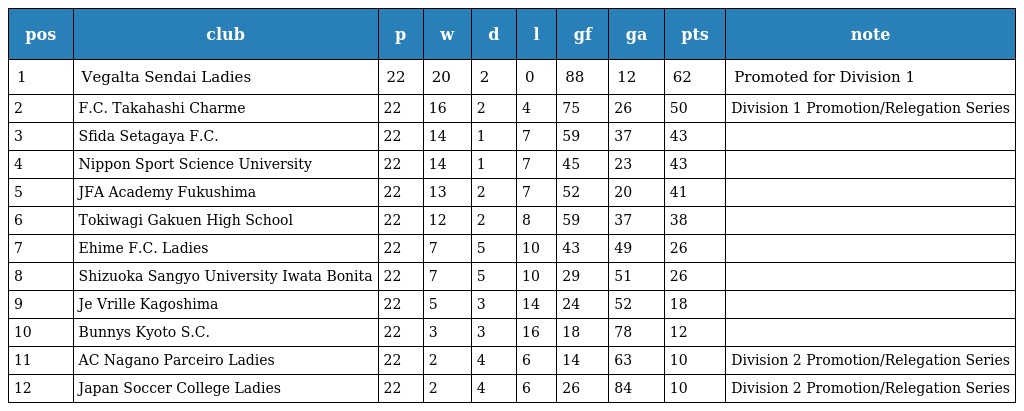
| pos | club | p | w | d | l | gf | ga | pts | note |
 | --- | --- | --- | --- | --- | --- | --- | --- | --- | --- |
 | 1 | Vegalta Sendai Ladies | 22 | 20 | 2 | 0 | 88 | 12 | 62 | Promoted for Division 1 |
 | 2 | F.C. Takahashi Charme | 22 | 16 | 2 | 4 | 75 | 26 | 50 | Division 1 Promotion/Relegation Series |
 | 3 | Sfida Setagaya F.C. | 22 | 14 | 1 | 7 | 59 | 37 | 43 |  |
 | 4 | Nippon Sport Science University | 22 | 14 | 1 | 7 | 45 | 23 | 43 |  |
 | 5 | JFA Academy Fukushima | 22 | 13 | 2 | 7 | 52 | 20 | 41 |  |
 | 6 | Tokiwagi Gakuen High School | 22 | 12 | 2 | 8 | 59 | 37 | 38 |  |
 | 7 | Ehime F.C. Ladies | 22 | 7 | 5 | 10 | 43 | 49 | 26 |  |
 | 8 | Shizuoka Sangyo University Iwata Bonita | 22 | 7 | 5 | 10 | 29 | 51 | 26 |  |
 | 9 | Je Vrille Kagoshima | 22 | 5 | 3 | 14 | 24 | 52 | 18 |  |
 | 10 | Bunnys Kyoto S.C. | 22 | 3 | 3 | 16 | 18 | 78 | 12 |  |
 | 11 | AC Nagano Parceiro Ladies | 22 | 2 | 4 | 6 | 14 | 63 | 10 | Division 2 Promotion/Relegation Series |
 | 12 | Japan Soccer College Ladies | 22 | 2 | 4 | 6 | 26 | 84 | 10 | Division 2 Promotion/Relegation Series |